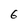
Character: 6